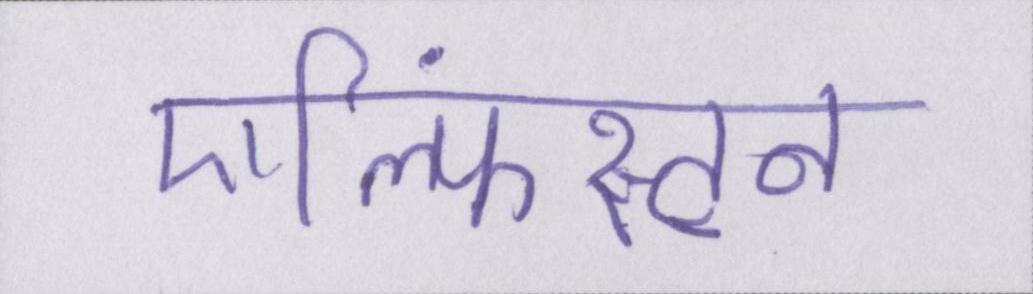
एल्फिंस्टन